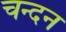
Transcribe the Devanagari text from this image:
चन्‍दन